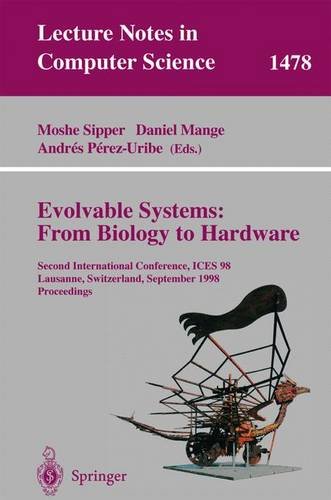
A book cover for Evolvable Systems: From Biology to Hardware: Second International Conference, ICES 98 Lausanne, Switzerland, September 23-25, 1998 Proceedings (Lecture Notes in Computer Science); Computers & Technology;